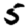
Digit: 5